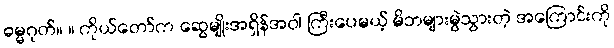
ဓမ္မဂုတ်။ ။ ကိုယ်တော်က ဆွေမျိုးအရှိန်အဝါ ကြီးပေမယ့် မိဘများမွဲသွားတဲ့ အကြောင်းကို